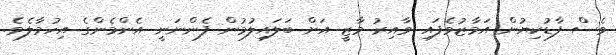
ވެސް ފާޑުކިޔުން އަމާޒުވެފައި ވާއިރު މާޒީ އަށް ބަލައިލުމުން ފެންނަނީ އެންމެންގެ އިހުމާލެވެ.